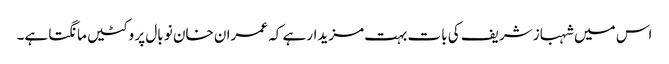
اس میں شہباز شریف کی بات بہت مزیدار ہے کہ عمران خان نو بال پر وکٹیں مانگتا ہے۔